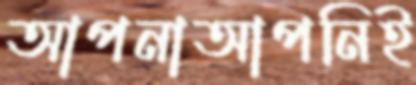
আপনাআপনিই